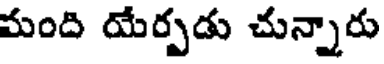
మంది యేర్పడు చున్నారు